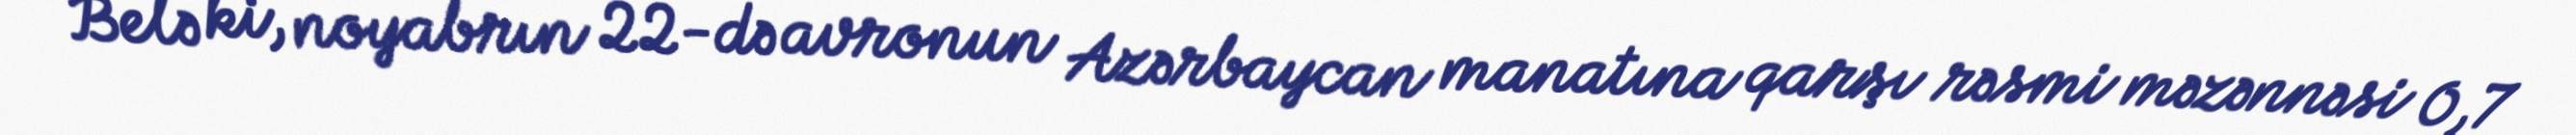
Belə ki, noyabrın 22-də avronun Azərbaycan manatına qarşı rəsmi məzənnəsi 0,7